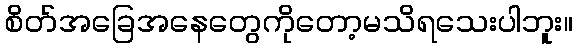
စိတ်အခြေအနေတွေကိုတော့မသိရသေးပါဘူး။